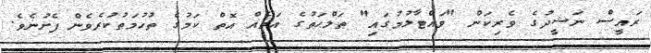
ރައީސް ނަޝީދުގެ ވެރިކަން "ވައްޓާލުމުގައި" ޠަލްޙަތުގެ އަތެއް އޮތް ކަމުގެ ތުހުމަތުކުރެވެން ފެށުނެވެ.